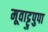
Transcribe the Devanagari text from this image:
मूवाट्टुपुपा